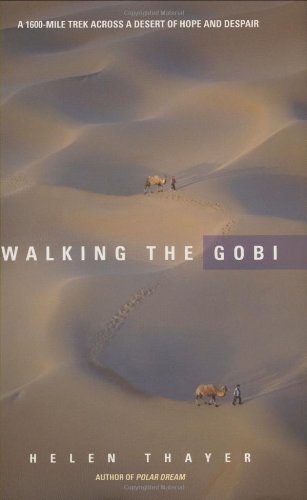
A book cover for Walking the Gobi: 1,600 Mile-trek Across a Desert of Hope and Despair; Helen Thayer; Travel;